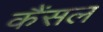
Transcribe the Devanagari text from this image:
कैंसल